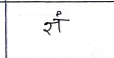
मजकूर: ज्ञं